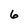
Character: 6